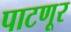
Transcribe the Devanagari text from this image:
पाटणूर